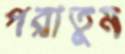
পরাতুম